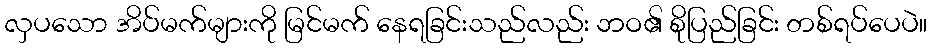
လှပသော အိပ်မက်များကို မြင်မက် နေရခြင်းသည်လည်း ဘဝ၏ စိုပြည်ခြင်း တစ်ရပ်ပေပဲ။